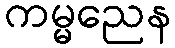
ကမ္မညေန